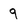
Character: 9